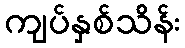
ကျပ်နှစ်သိန်း